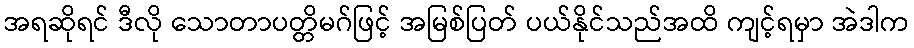
အရဆိုရင် ဒီလို သောတာပတ္တိမဂ်ဖြင့် အမြစ်ပြတ် ပယ်နိုင်သည်အထိ ကျင့်ရမှာ အဲဒါက